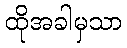
ထိုအခါမှသာ